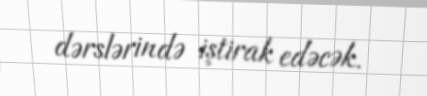
dərslərində iştirak edəcək.